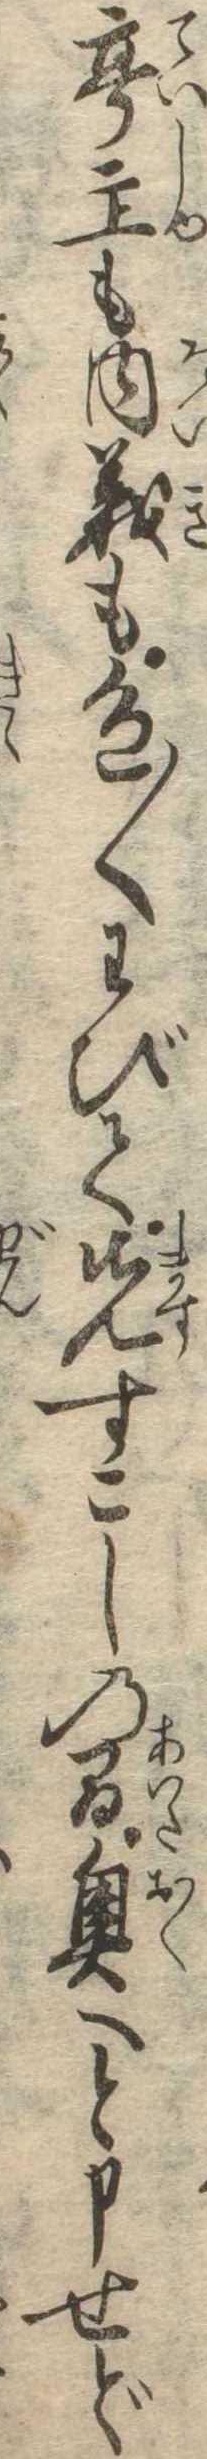
亭主も内義も色〱わびて先すこしの間奥へと申せど